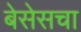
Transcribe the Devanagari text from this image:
बेसेसचा